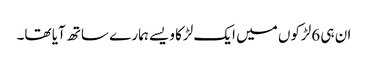
ان ہی 6لڑکوں میں ایک لڑکا ویسے ہمارے ساتھ آیا تھا۔